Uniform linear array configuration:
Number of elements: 32
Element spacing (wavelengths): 0.25
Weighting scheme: exponential
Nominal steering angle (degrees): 45
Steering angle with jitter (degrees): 45.567
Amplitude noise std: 0.05
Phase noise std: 0.05

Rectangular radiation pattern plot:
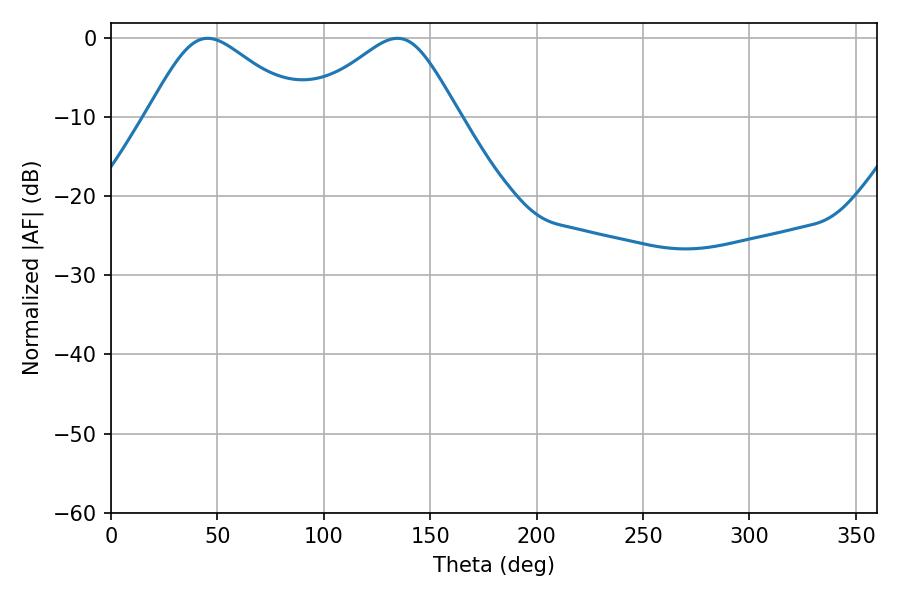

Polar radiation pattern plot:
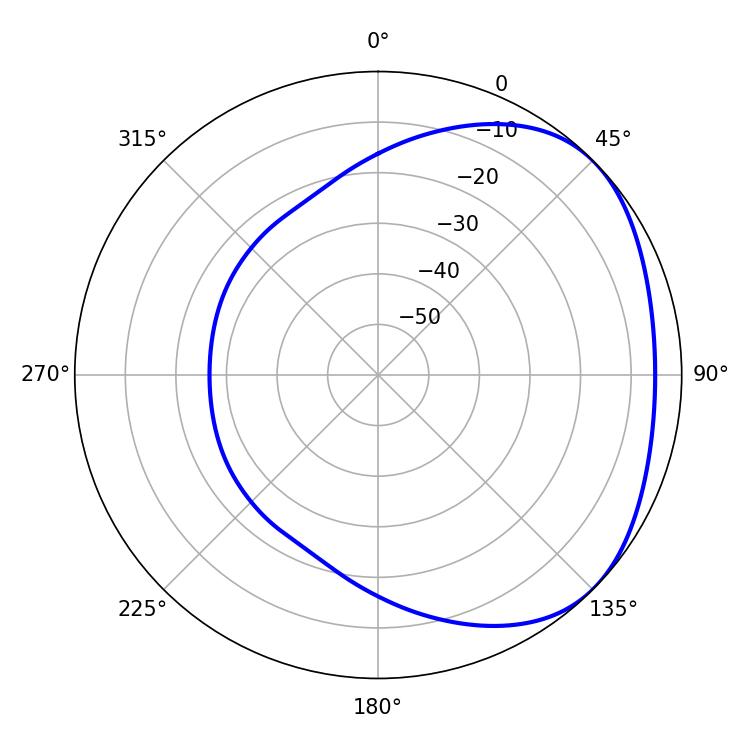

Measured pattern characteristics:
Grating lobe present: FALSE
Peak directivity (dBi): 2.735
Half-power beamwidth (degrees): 35.64
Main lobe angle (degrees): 45.36